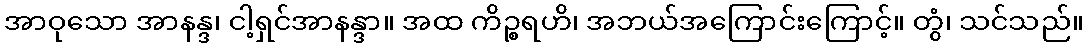
အာဝုသော အာနန္ဒ၊ ငါ့ရှင်အာနန္ဒာ။ အထ ကိဉ္စရဟိ၊ အဘယ်အကြောင်းကြောင့်။ တွံ၊ သင်သည်။